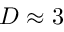
D \approx 3